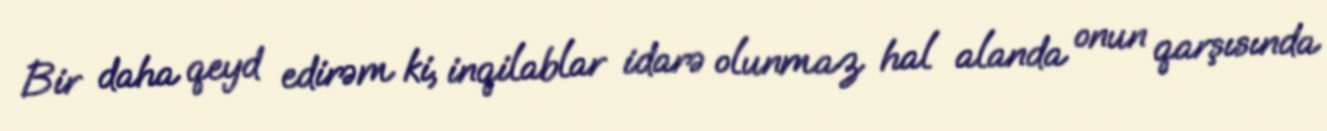
Bir daha qeyd edirəm ki, inqilablar idarə olunmaz hal alanda onun qarşısında